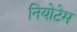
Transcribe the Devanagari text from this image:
नियोटेम